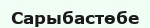
Сарыбастөбе